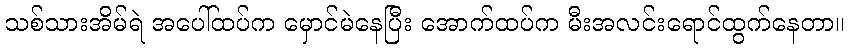
သစ်သားအိမ်ရဲ အပေါ်ထပ်က မှောင်မဲနေပြီး အောက်ထပ်က မီးအလင်းရောင်ထွက်နေတာ။